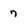
Character: 7